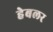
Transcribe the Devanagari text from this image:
हेबलर